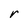
Character: r